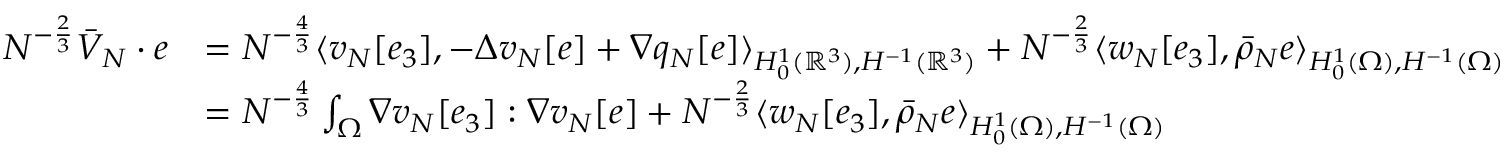
\begin{array} { r l } { N ^ { - \frac 2 3 } \bar { V } _ { N } \cdot e } & { = N ^ { - \frac 4 3 } \langle v _ { N } [ e _ { 3 } ] , - \Delta v _ { N } [ e ] + \nabla q _ { N } [ e ] \rangle _ { H _ { 0 } ^ { 1 } ( \mathbb R ^ { 3 } ) , H ^ { - 1 } ( \mathbb R ^ { 3 } ) } + N ^ { - \frac 2 3 } \langle w _ { N } [ e _ { 3 } ] , \bar { \rho } _ { N } e \rangle _ { H _ { 0 } ^ { 1 } ( \Omega ) , H ^ { - 1 } ( \Omega ) } } \\ & { = { N ^ { - \frac 4 3 } } \int _ { \Omega } \nabla v _ { N } [ e _ { 3 } ] : \nabla v _ { N } [ e ] + N ^ { - \frac 2 3 } \langle w _ { N } [ e _ { 3 } ] , \bar { \rho } _ { N } e \rangle _ { H _ { 0 } ^ { 1 } ( \Omega ) , H ^ { - 1 } ( \Omega ) } } \end{array}